Vaccination in Bombay 1869-1873 - 1869-1873
Year: 1869
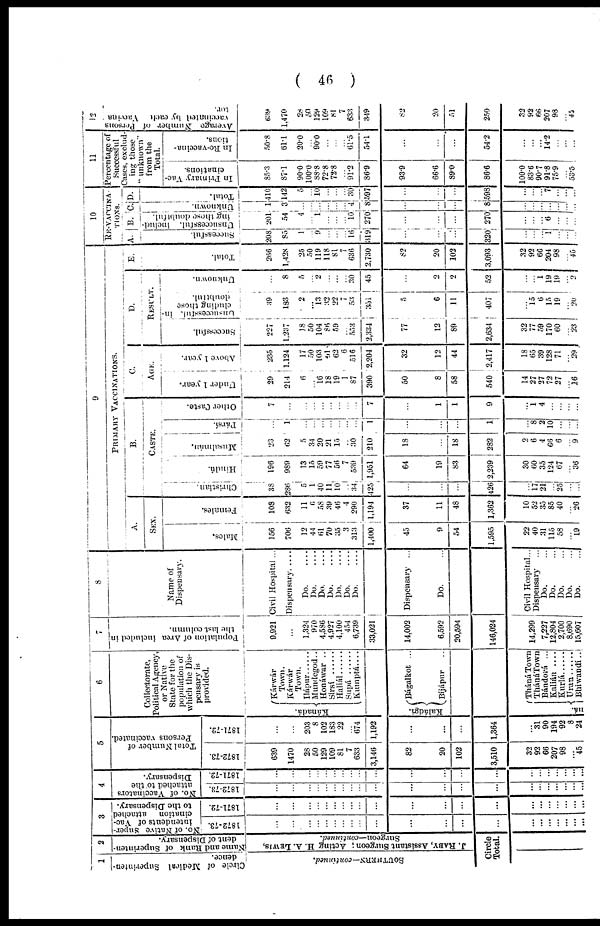
( 46 )
1
Circle of Medical Superinten-
dence.
SOUTHERN—continued.
2
Name and Rank of superinten-
dent of Dispensary.
J. RABY, Assistant Surgeon; Acting H. A. LEWIS,
Surgeon—continued.
Circle
Total.
3
No. of Native super-
intendents of Vac-
cination attached
to the Dispensary.
1872-73.
...
...
...
...
...
...
...
...
...
...
...
...
...
...
...
...
...
...
...
...
...
1871-72.
...
...
...
...
...
...
...
...
...
...
...
...
...
...
...
...
...
...
...
...
...
4
No. of Vaccinators
attached to the
Dispensary.
1872-73.
...
...
...
...
...
...
...
...
...
...
...
...
...
...
...
...
...
...
...
...
...
1871-72.
...
...
...
...
...
...
...
...
...
...
...
...
...
...
...
...
...
...
...
...
...
5
Total Number of
Persons vaccinated.
1872-73.
639
1470
28
50
129
109
81
7
633
3,146
82
20
102
3,510
32
92
66
207
98
... 45
1871-72.
...
...
203
8
102
183
22
... 674
1,192
...
...
...
1,364
...
31
90
194
92
8
24
6
Collectorate,
Political Agency,
or Native
State for the
population of
which the Dis-
pensary is
provided.
Kánadá.
Kárwár
Town.
Kárwár
Town.
Ilápur ......
Mundegod..
Honáwar ..
Sirsí ......
Haliál......
Supá ......
Kumptá ....
Kal ádgi .
Bágalkot ...
Bíjápur ...
ná.
Tháná Town
ThánáTown
Bándorá ...
Kalián ....
Kurlá ......
Uran...... Bhiwandí..
7
Population of Area included in
the last column.
9,921
...
1,324
970
4,586
4,927
4,100
454
6,739
33,021
14,002
6,592
20,594
146,024
14,299
7,227
12,804
2,700
8,690
15,607
8
Name of
Dispensary.
Civil Hospital ...
...
Do.
....
Do.
....
Do.
....
Do.
....
Do.
....
Do.
....
Do.
....
Dispensary ...
Do. ...
Civil Hospital...
Dispensary ...
Do. ...
Do. ...
Do. ...
Do. ...
Do. ...
9
PRIMARY VACCINATIONS.
A.
SEX.
Males.
156
706
12
44
61
70
35
3
313
1,400
45
9
54
1,595
22
40
31
115
58
... 19
Females.
108
632
11
6
58
39
46
4
290
1,194
37
11
48
1,362
10
52
35
85
40
... 26
B.
CASTE.
Christian.
38
286
5
1
40
11
10
...
34
425
...
...
...
426
...
17
21
... 25
...
...
Hindú.
196
989
13
15
59
77
56
7
539
1,951
64
19
83
2,239
30
60
35
124
67
... 36
Musalmán.
23
62
5
34
20
21
15
... 30
210
18
...
18
282
2
6
4
66
6
... 9
Pársí.
...
1
...
...
...
...
...
...
...
1
...
...
...
1
...
8
2
10
...
...
...
Other Caste.
7
...
...
...
...
...
...
... ...
7
...
1
1
9
...
1
4
...
...
...
...
C.
AGE.
Under 1 year.
29
214
6
... 16
18
19
1
87
390
50
8
58
540
14
27
27
72
27
... 16
Above 1 year.
235
1,124
17
50
103
91
62
6
516
2,204
32
12
44
2,417
18
65
39
128
71
... 29
D.
RESULT.
Successful.
227
1,237
18
50
104
86
59
... 553
2,334
77
12
89
2,634
32
77
59
170
60
... 23
unsuccessful, in
cluding those
doubtful.
39
183
2
... 13
32
22
7
53
351
5
6
11
407
...
15
6
15
19
... 20
Unknown.
...
8
5
... 2
...
...
... 30
45
...
2
2
52
...
... 1
19
19
... 2
E.
Total.
266
1,428
25
50
119
118
81
7
636
2,730
82
20
102
3,093
32
92
66
204
98
... 45
10
RE-VACCINA¬
TIONS.
A.
Successful.
208
85
1
... 9
...
...
... 16
319
...
...
...
320
...
...
... 1
...
...
...
B.
Unsuccessful, includ-
ing those doubtful.
201
54
4
... 1
...
...
... 10
270
...
...
...
270
...
...
... 6
...
...
...
C.
Unknown.
1
3
...
...
...
...
...
...
4
8
...
...
...
8
...
...
...
...
...
...
...
D.
Total.
110
142
5
... 10
...
...
... 30
597
...
...
...
598
...
...
... 7
...
...
...
11
Percentage of
Successful
Cases, exclud-
ing those
from the
Total.
In Primary Vac-
cinations.
85.3
87.1
90.0
100.0
88.8
72.8
72.8
... 91.2
86.9
93.9
66.6
89.0
86.6
100.0
83.6
90.7
91.8
75.9
... 53.5
In Re-vaccina-
tions.
50.8
61.1
20.0
... 90.0
...
...
... 61.5
54.1
...
...
...
54.2
...
...
... 14.2
...
...
...
12
Average Number of Persons
vaccinated by each Vaccina¬
tor.
339
1,470
28
50
129
109
81
7
633
349
82
20
51
250
32
92
66
207
98
... 45